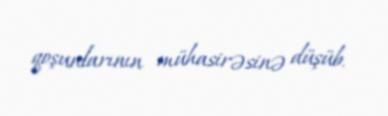
qoşunlarının mühasirəsinə düşüb.